NAE_ERA_R-2324_Eesti_Vabariigi_Pohiseaduslik_Assamblee, lk 306
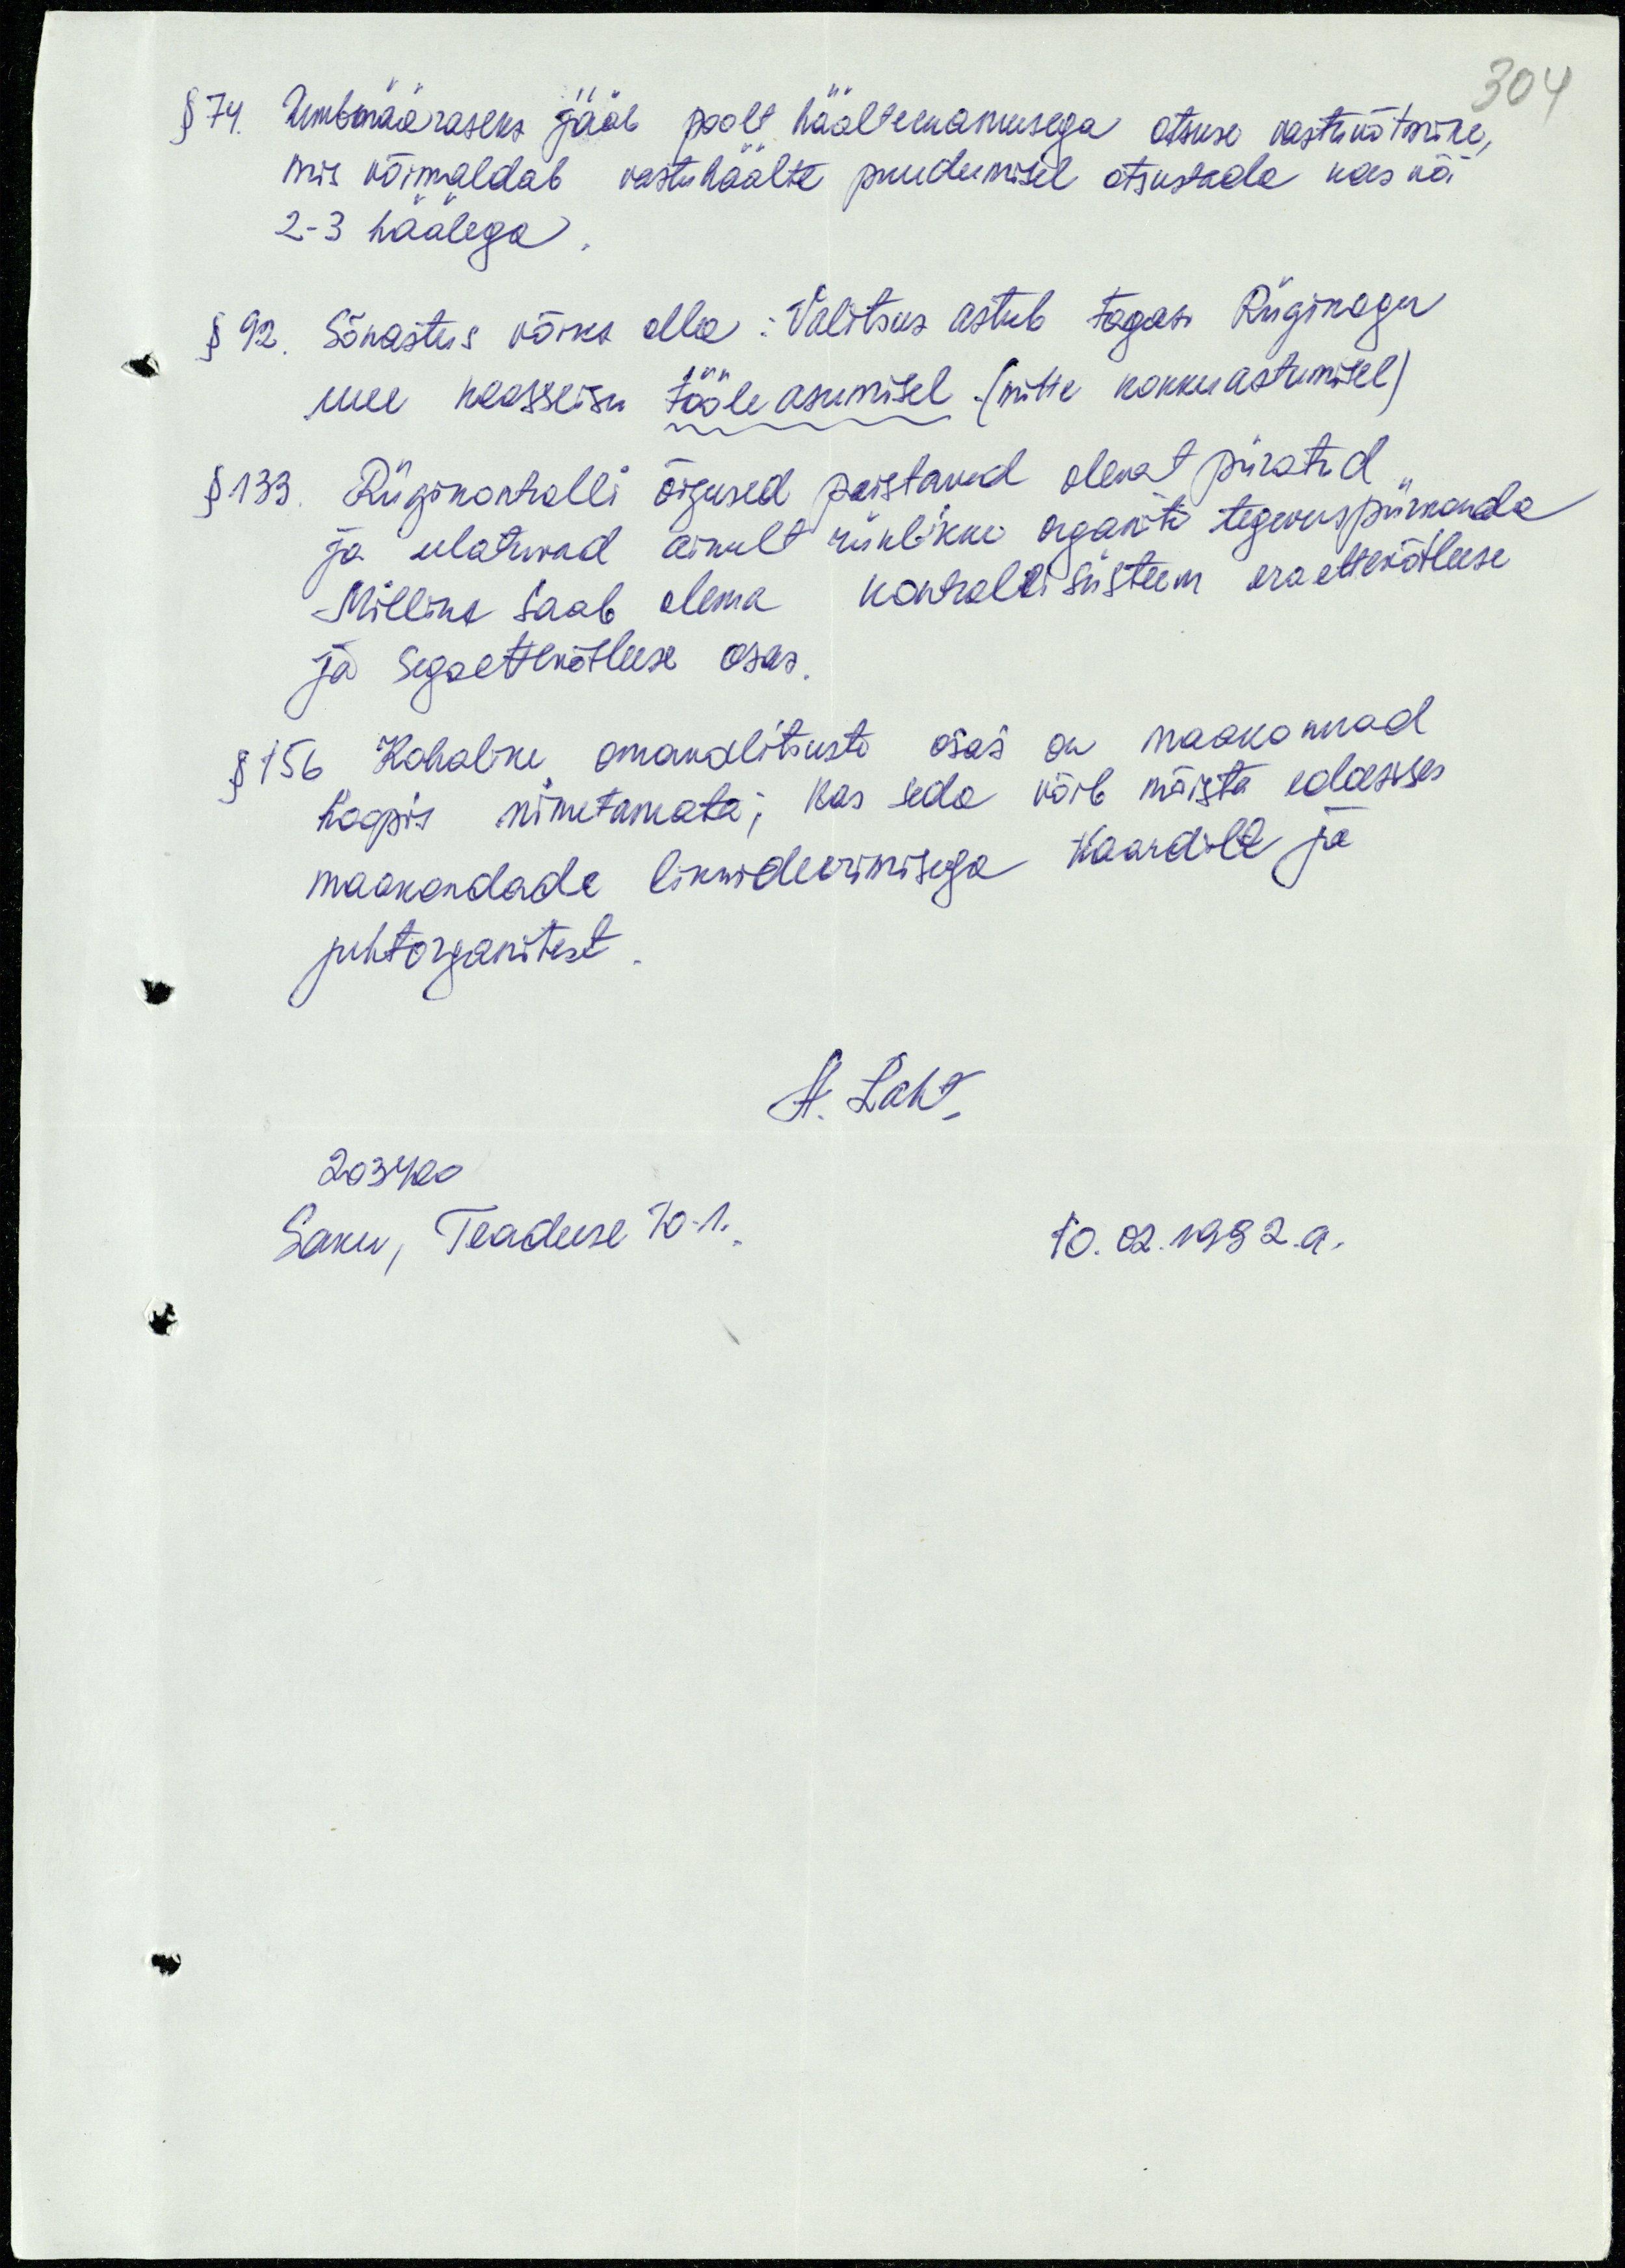
304
§ 74. Umbmääraseks jääb poolt häälteenamusega otsuse vastuvõtmine,
mis võimaldab vastuhäälte puudumisel otsustada kas või
2-3 häälega.
§ 92. Sõnastus võiks olla: Valitsus astub tagasi Riigikogu
uue koosseisu tööle asumisel (mitte kokkuastumisel)
§ 133. Riigikontrolli õigused paistavad olevat piiratud
ja ulatuvad ainult riiklikke organite tegevuspiirkonda
Milline saab olema kontrollisüsteem eraettevõtluse
ja segaettevõtluse osas.
§ 156 Kohalike omavalitsuste osas on maakonnad
hoopis nimetamata; kas seda võib mõista edasises
maakondade likwideerimisega Kaardilt ja
juhtorganitest.
A. Laht,
203420
Saku, Teaduse 70-1.
10.02.1992.a.